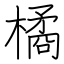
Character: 橘